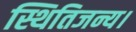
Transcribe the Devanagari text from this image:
स्थितिजन्य।